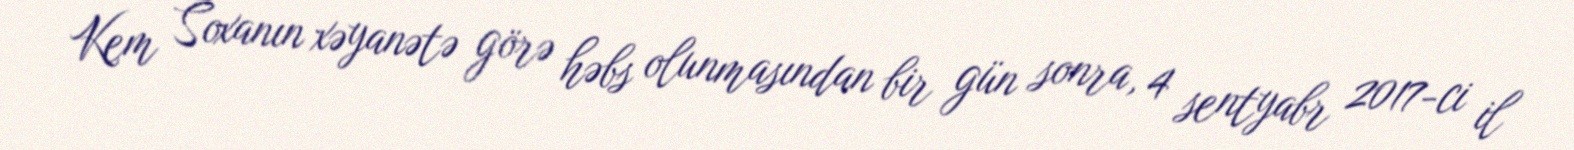
Kem Soxanın xəyanətə görə həbs olunmasından bir gün sonra, 4 sentyabr 2017-ci il